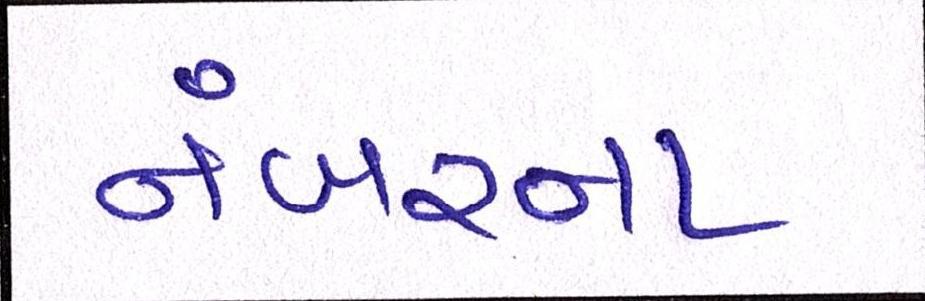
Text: નંબરના